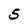
Character: 5